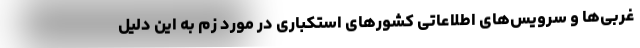
غربی‌ها و سرویس‌های اطلاعاتی کشورهای استکباری در مورد زم به این دلیل